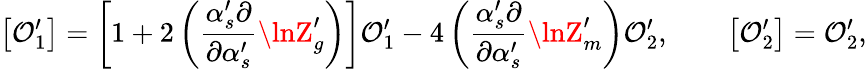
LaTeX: \left[{\cal\mathcal{O}}_{1}^{\prime}\right]=\left[1+2\left(\frac{{\alpha_{s}^{\prime}\partial}}{{\partial\alpha_{s}^{\prime}}}\lnZ_{g}^{\prime}\right)\right]{\cal\mathcal{O}}_{1}^{\prime}-4\left(\frac{{\alpha_{s}^{\prime}\partial}}{{\partial\alpha_{s}^{\prime}}}\lnZ_{m}^{\prime}\right){\cal\mathcal{O}}_{2}^{\prime},\qquad\left[{\cal\mathcal{O}}_{2}^{\prime}\right]={\cal\mathcal{O}}_{2}^{\prime},